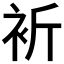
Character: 𧘻